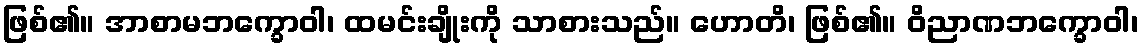
ဖြစ်၏။ အာစာမဘက္ခောဝါ၊ ထမင်းချိုးကို သာစားသည်။ ဟောတိ၊ ဖြစ်၏။ ဝိညာဏဘက္ခောဝါ၊